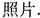
照片.